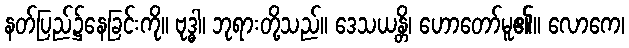
နတ်ပြည်၌နေခြင်းကို။ ဗုဒ္ဓါ၊ ဘုရားတို့သည်။ ဒေသယန္တိ၊ ဟောတော်မူ၏။ လောကေ၊